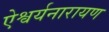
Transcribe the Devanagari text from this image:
ऐश्वर्यनारायण